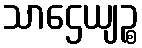
သာဌေယျဉ္စ